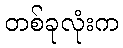
တစ်ခုလုံးက